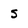
Character: S